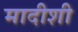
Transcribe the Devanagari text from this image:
मादीशी